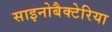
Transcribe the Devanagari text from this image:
साइनोबैक्टेरिया